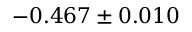
- 0 . 4 6 7 \pm 0 . 0 1 0